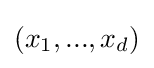
(x_{1},...,x_{d})